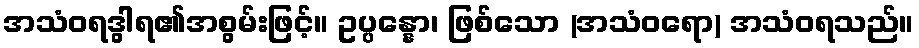
အသံဝရဒွါရ၏အစွမ်းဖြင့်။ ဥပ္ပန္နော၊ ဖြစ်သော (အသံဝရော) အသံဝရသည်။